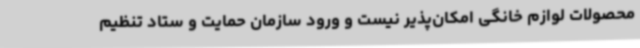
محصولات لوازم خانگی امکان‌پذیر نیست و ورود سازمان حمایت و ستاد تنظیم